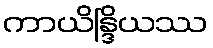
ကာယိန္ဒြိယဿ